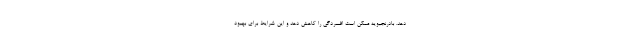
دهد. بادرنجبویه ممکن است افسردگی را کاهش دهد و این شرایط برای بهبود